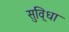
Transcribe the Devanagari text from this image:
सुवि्धा